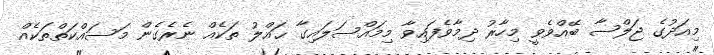
މިއަދުގެ ޖަލްސާ ބޭއްވެވީ މިހާރު ދިމާވެފައިވާ މިމައްސަލައިގާ ޙައްލު ތަކެއް ނެރެގެން މަސައްކަތްތަކެއް